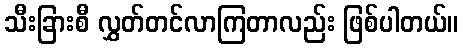
သီးခြားစီ လွှတ်တင်လာကြတာလည်း ဖြစ်ပါတယ်။